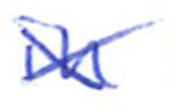
Text: in
Cross-out: cross
Writing tool: ballpoint